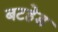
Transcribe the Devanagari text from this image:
बटहेड